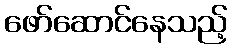
ဖော်ဆောင်နေသည့်